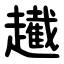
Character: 䟌